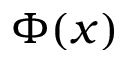
\Phi ( x )